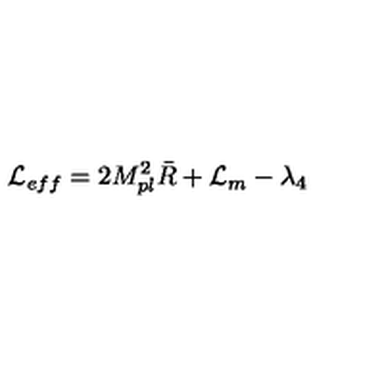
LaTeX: { \cal L } _ { e f f } = 2 M _ { p l } ^ { 2 } \bar { R } + { \cal L } _ { m } - \lambda _ { 4 }